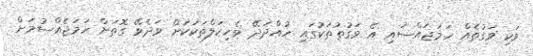
ވަކި ވަގުތެއް ހަމަޖައްސައި އެ ވަގުތުތަކުގައި ހުއްދަދޭ ވެހިކަލްތަކަކަށް ވަދެވޭ ގޮތަށް ހަމަޖެއްސުމަށް